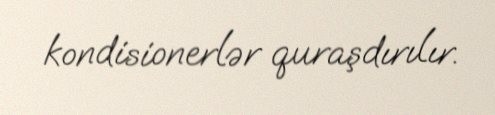
kondisionerlər quraşdırılır.